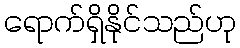
ရောက်ရှိနိုင်သည်ဟု